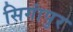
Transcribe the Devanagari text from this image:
सिगांपुर